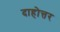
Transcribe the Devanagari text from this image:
दाहोत्तर